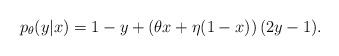
LaTeX: \begin{align*} p_\theta(y|x) = 1- y + \left(\theta x+\eta(1-x) \right)(2y-1). \end{align*}